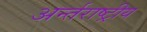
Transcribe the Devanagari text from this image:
अर्न्‍तराष्‍ट्रीय